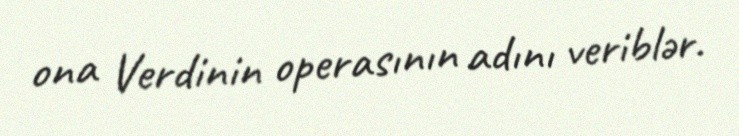
ona Verdinin operasının adını veriblər.